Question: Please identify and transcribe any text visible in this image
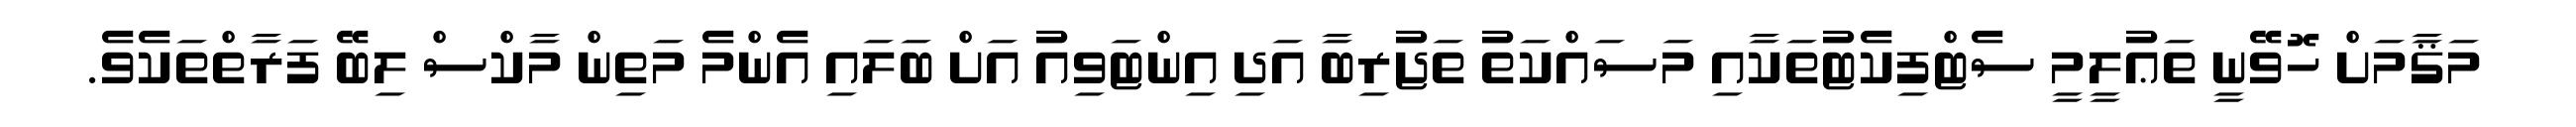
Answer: މަޤާމަށް ހޮވޭނީ ތަޢުލީމީ ސެޓްފިކެޓުތަކާއި މަސައްކަތު ތަޖުރިބާ އަދި އިންޓަވިއު އަށް ބަލައި އެންމެ މަތިން މާކްސް ލިބޭ ފަރާތްތަކެވެ.